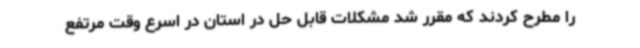
را مطرح کردند که مقرر شد مشکلات قابل حل در استان در اسرع وقت مرتفع